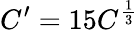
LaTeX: C^{\prime}=15C^{\frac{1}{3}}